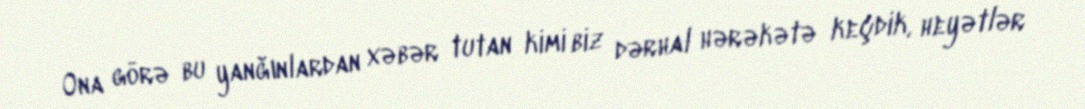
Ona görə bu yanğınlardan xəbər tutan kimi biz dərhal hərəkətə keçdik, heyətlər